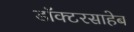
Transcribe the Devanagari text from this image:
डॉक्टरसाहेब